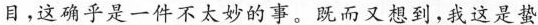
目，这确乎是一件不太美妙的事。既而又想到。我这是蛰